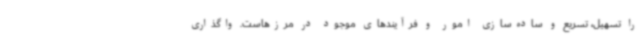
را تسهیل، تسریع و ساده‌سازی امور و فرآیندهای موجود در مرزهاست. واگذاری